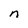
Character: n